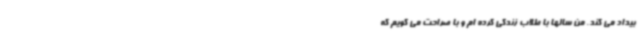
بیداد می کند. من سالها با طلاب زندگی کرده ام و با صراحت می گویم که